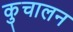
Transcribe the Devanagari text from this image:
कुचालन